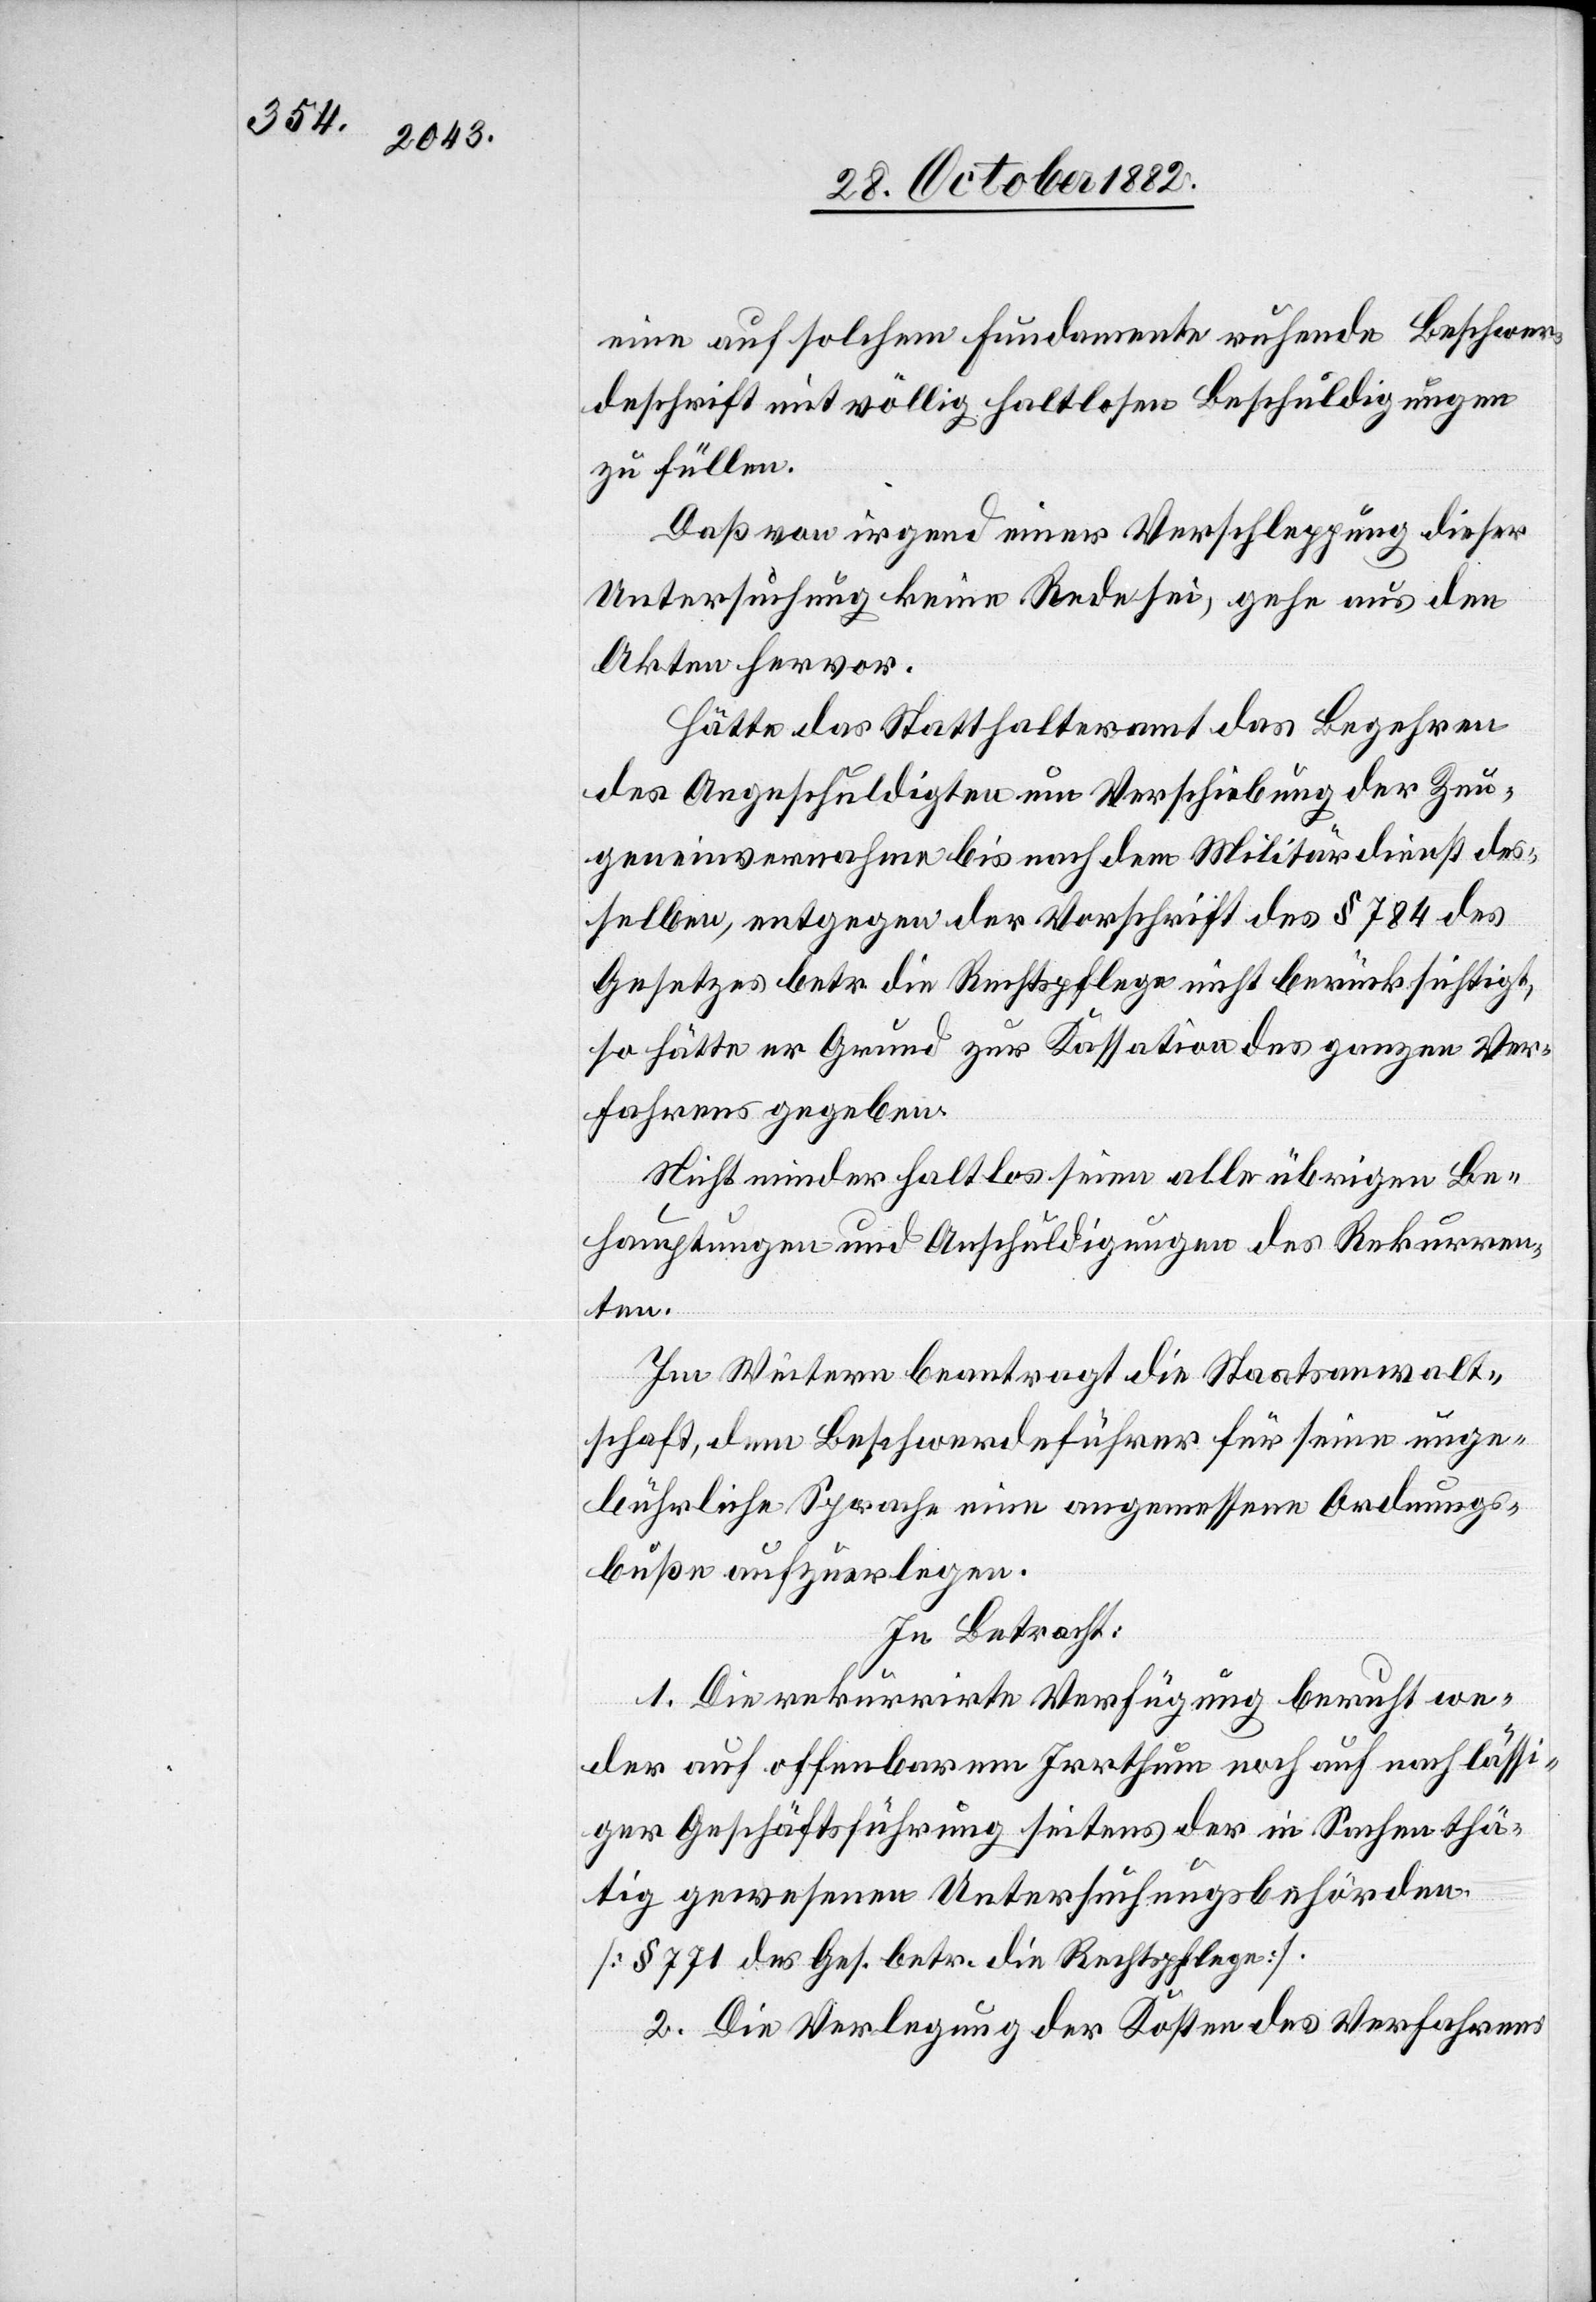
eine auf solchem Fundamente ruhende Beschwer¬
deschrift mit völlig haltlosen Beschuldigungen
zu füllen.
Daß von irgend einer Verschleppung dieser
Untersuchung keine Rede sei, gehe aus den
Akten hervor.
Hätte das Statthalteramt das Begehren
des Angeschuldigten um Verschiebung der Zeu¬
geneinvernahme bis nach dem Militärdienst des¬
selben, entgegen der Vorschrift des § 784 des
Gesetzes betr. die Rechtspflege nicht berücksichtigt,
so hätte er [sic!] Grund zur Kassation des ganzen Ver¬
fahrens gegeben.
Nicht minder haltlos seien alle übrigen Be¬
hauptungen und Anschuldigungen des Rekurren¬
ten.
Im Weitern beantragt die Staatsanwalt¬
schaft, dem Beschwerdeführer für seine unge¬
bührliche Sprache eine angemessene Ordnungs¬
buße aufzuerlegen.
In Betracht:
1. Die rekurrirte Verfügung beruht we¬
der auf offenbarem Irrthum noch auf nachlässi¬
ger Geschäftsführung seitens der in Sachen thä¬
tig gewesenen Untersuchungsbehörden
[§ 771 des Ges. betr. die Rechtspflege].
2. Die Verlegung der Kosten des Verfahrens